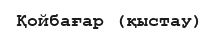
Қойбағар (қыстау)